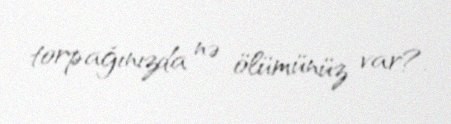
torpağınızda nə ölümünüz var?.